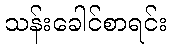
သန်းခေါင်စာရင်း